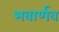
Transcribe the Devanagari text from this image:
भवार्णव